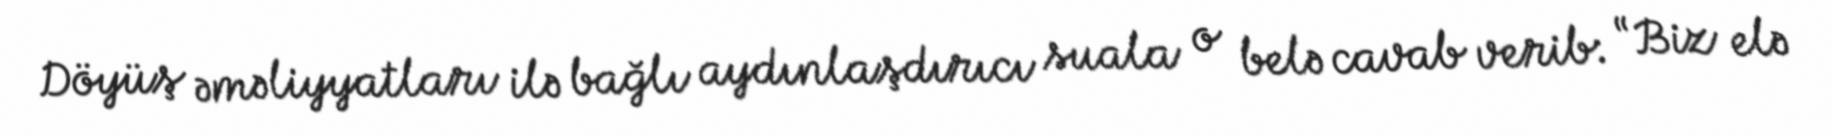
Döyüş əməliyyatları ilə bağlı aydınlaşdırıcı suala o belə cavab verib: “Biz elə